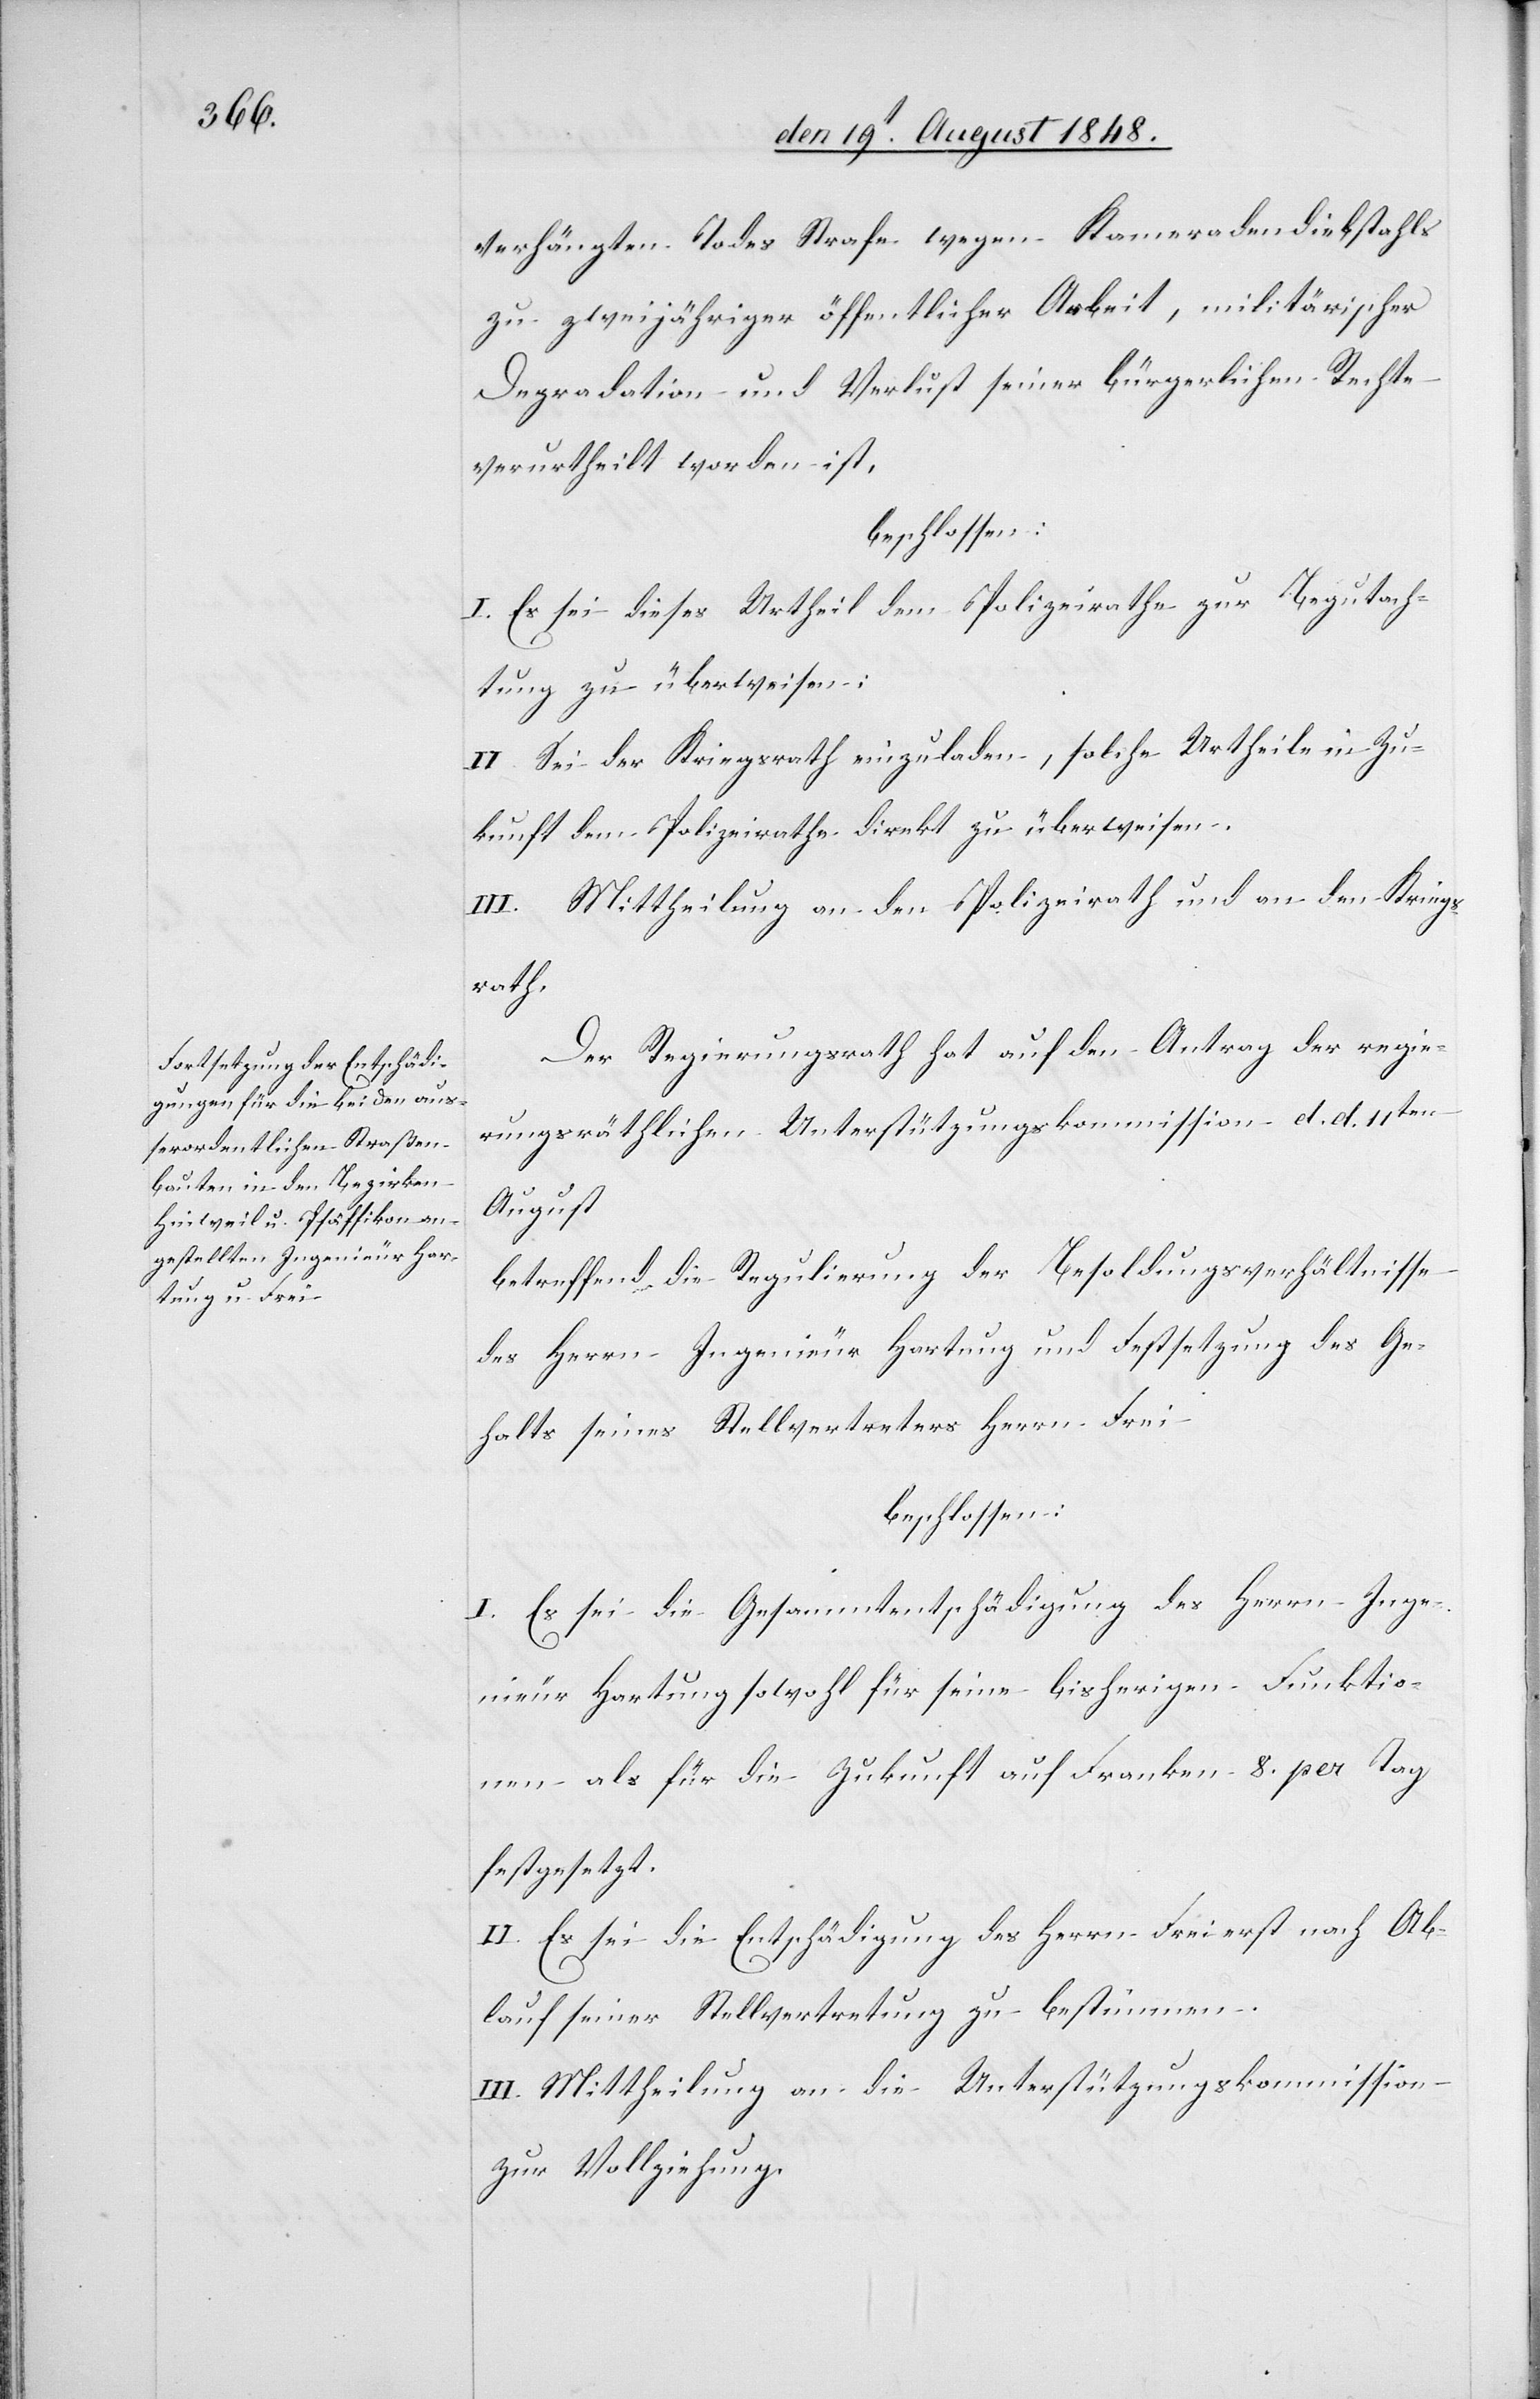
Der Regierungsrath hat auf den Antrag der regie¬
rungsräthlichen Unterstützungskommission d. d. 11ten
August
betreffend die Regulierung der Besoldungsverhältnisse
des Herrn Ingenieur Hartung und Festsetzung des Ge¬
halts seines Stellvertreters Herrn Freitag
beschlossen:
I. Es sei die Gesammtentschädigung des Herrn Inge¬
nieur Hartung sowohl für seine bisherigen Funktio¬
nen als für die Zukunft auf Franken 8. per Tag
festgesetzt.
II. Es sei die Entschädigung des Herrn Frei erst nach Ab¬
lauf seiner Stellvertretung zu bestimmen.
III. Mittheilung an die Unterstützungskommission
zur Vollziehung.